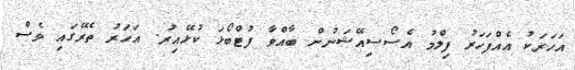
އަހަރަކު އެއްފަހަރު ފިލްމު އެސޯސިއޭޝަނުން ބާއްވާ ފުޓްބޯޅަ ކުޅޭއިރު. އަހަރު ތެރޭގައި ވެސް